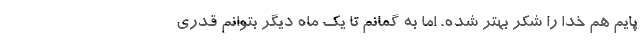
پایم هم خدا را شکر بهتر شده. اما به گمانم تا یک ماه دیگر بتوانم قدری